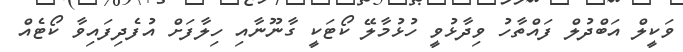
ވަކީލް އަބްދުލް ފައްތާހު ވިދާޅުވީ ހުޅުމާލޭ ކޯޓަކީ ގާނޫނާއި ހިލާފަށް އުފެދިފައިވާ ކޯޓެއް